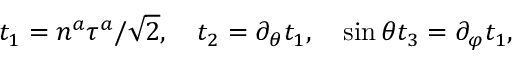
t _ { 1 } = n ^ { a } \tau ^ { a } / \sqrt { 2 } , \quad t _ { 2 } = \partial _ { \theta } t _ { 1 } , \quad \sin \theta t _ { 3 } = \partial _ { \varphi } t _ { 1 } ,